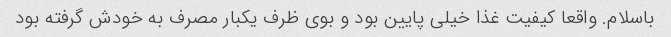
باسلام. واقعا کیفیت غذا خیلی پایین بود و بوی ظرف یکبار مصرف به خودش گرفته بود